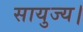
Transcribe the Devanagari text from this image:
सायुज्य।